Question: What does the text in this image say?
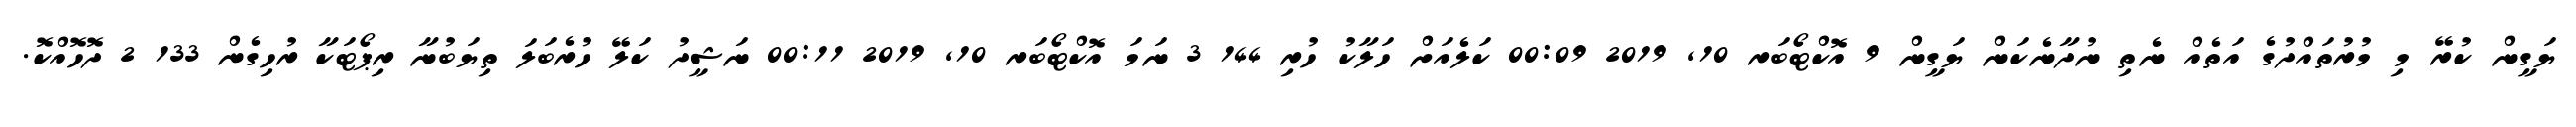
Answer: ޔަގީން ކުރޭ މި މުރުތައްދުގެ އަތެއް ނެތި ނުދާނެކަން ޔަގީން 9 އޮކްޓޯބަރ 10, 2019 00:09 ކަލެއަށް ހަލާކު ހުރި 144 3 ނަމަ އޮކްޓޯބަރ 10, 2019 00:11 ނަޝީދު ކަލޭ ހުރެބަލަ ތިޔަބުނާ ރިޕޯޓަކާ ރުހިގެން 133 2 ދޮހޮއްކޮ.